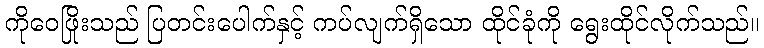
ကိုဝေဖြိုးသည် ပြတင်းပေါက်နှင့် ကပ်လျက်ရှိသော ထိုင်ခုံကို ရွေးထိုင်လိုက်သည်။